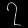
Digit: ၇